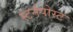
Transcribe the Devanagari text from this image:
स्टर्नपोस्ट